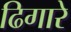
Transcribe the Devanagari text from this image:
ढिगारे